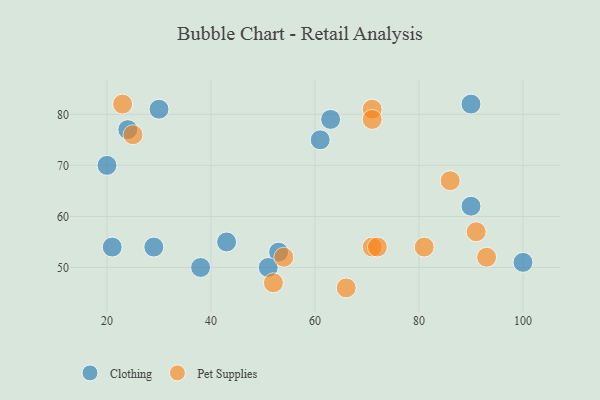
{"axis": {"x": "GDP", "y": "Life Expectancy"}, "legend": ["Clothing", "Pet Supplies"], "data": [{"x": "53", "y": 53, "type": "Clothing"}, {"x": "100", "y": 51, "type": "Clothing"}, {"x": "90", "y": 62, "type": "Clothing"}, {"x": "20", "y": 70, "type": "Clothing"}, {"x": "43", "y": 55, "type": "Clothing"}, {"x": "21", "y": 54, "type": "Clothing"}, {"x": "24", "y": 77, "type": "Clothing"}, {"x": "30", "y": 81, "type": "Clothing"}, {"x": "90", "y": 82, "type": "Clothing"}, {"x": "38", "y": 50, "type": "Clothing"}, {"x": "29", "y": 54, "type": "Clothing"}, {"x": "63", "y": 79, "type": "Clothing"}, {"x": "51", "y": 50, "type": "Clothing"}, {"x": "61", "y": 75, "type": "Clothing"}, {"x": "66", "y": 46, "type": "Pet Supplies"}, {"x": "71", "y": 54, "type": "Pet Supplies"}, {"x": "81", "y": 54, "type": "Pet Supplies"}, {"x": "71", "y": 81, "type": "Pet Supplies"}, {"x": "54", "y": 52, "type": "Pet Supplies"}, {"x": "52", "y": 47, "type": "Pet Supplies"}, {"x": "86", "y": 67, "type": "Pet Supplies"}, {"x": "23", "y": 82, "type": "Pet Supplies"}, {"x": "25", "y": 76, "type": "Pet Supplies"}, {"x": "72", "y": 54, "type": "Pet Supplies"}, {"x": "93", "y": 52, "type": "Pet Supplies"}, {"x": "71", "y": 79, "type": "Pet Supplies"}, {"x": "91", "y": 57, "type": "Pet Supplies"}]}